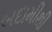
બદામીથી